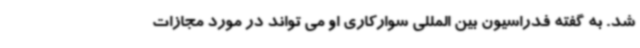
شد. به گفته فدراسیون بین المللی سوارکاری او می تواند در مورد مجازات